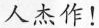
人杰作！